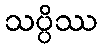
သပ္ပိဿ